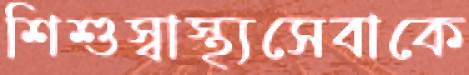
শিশুস্বাস্থ্যসেবাকে